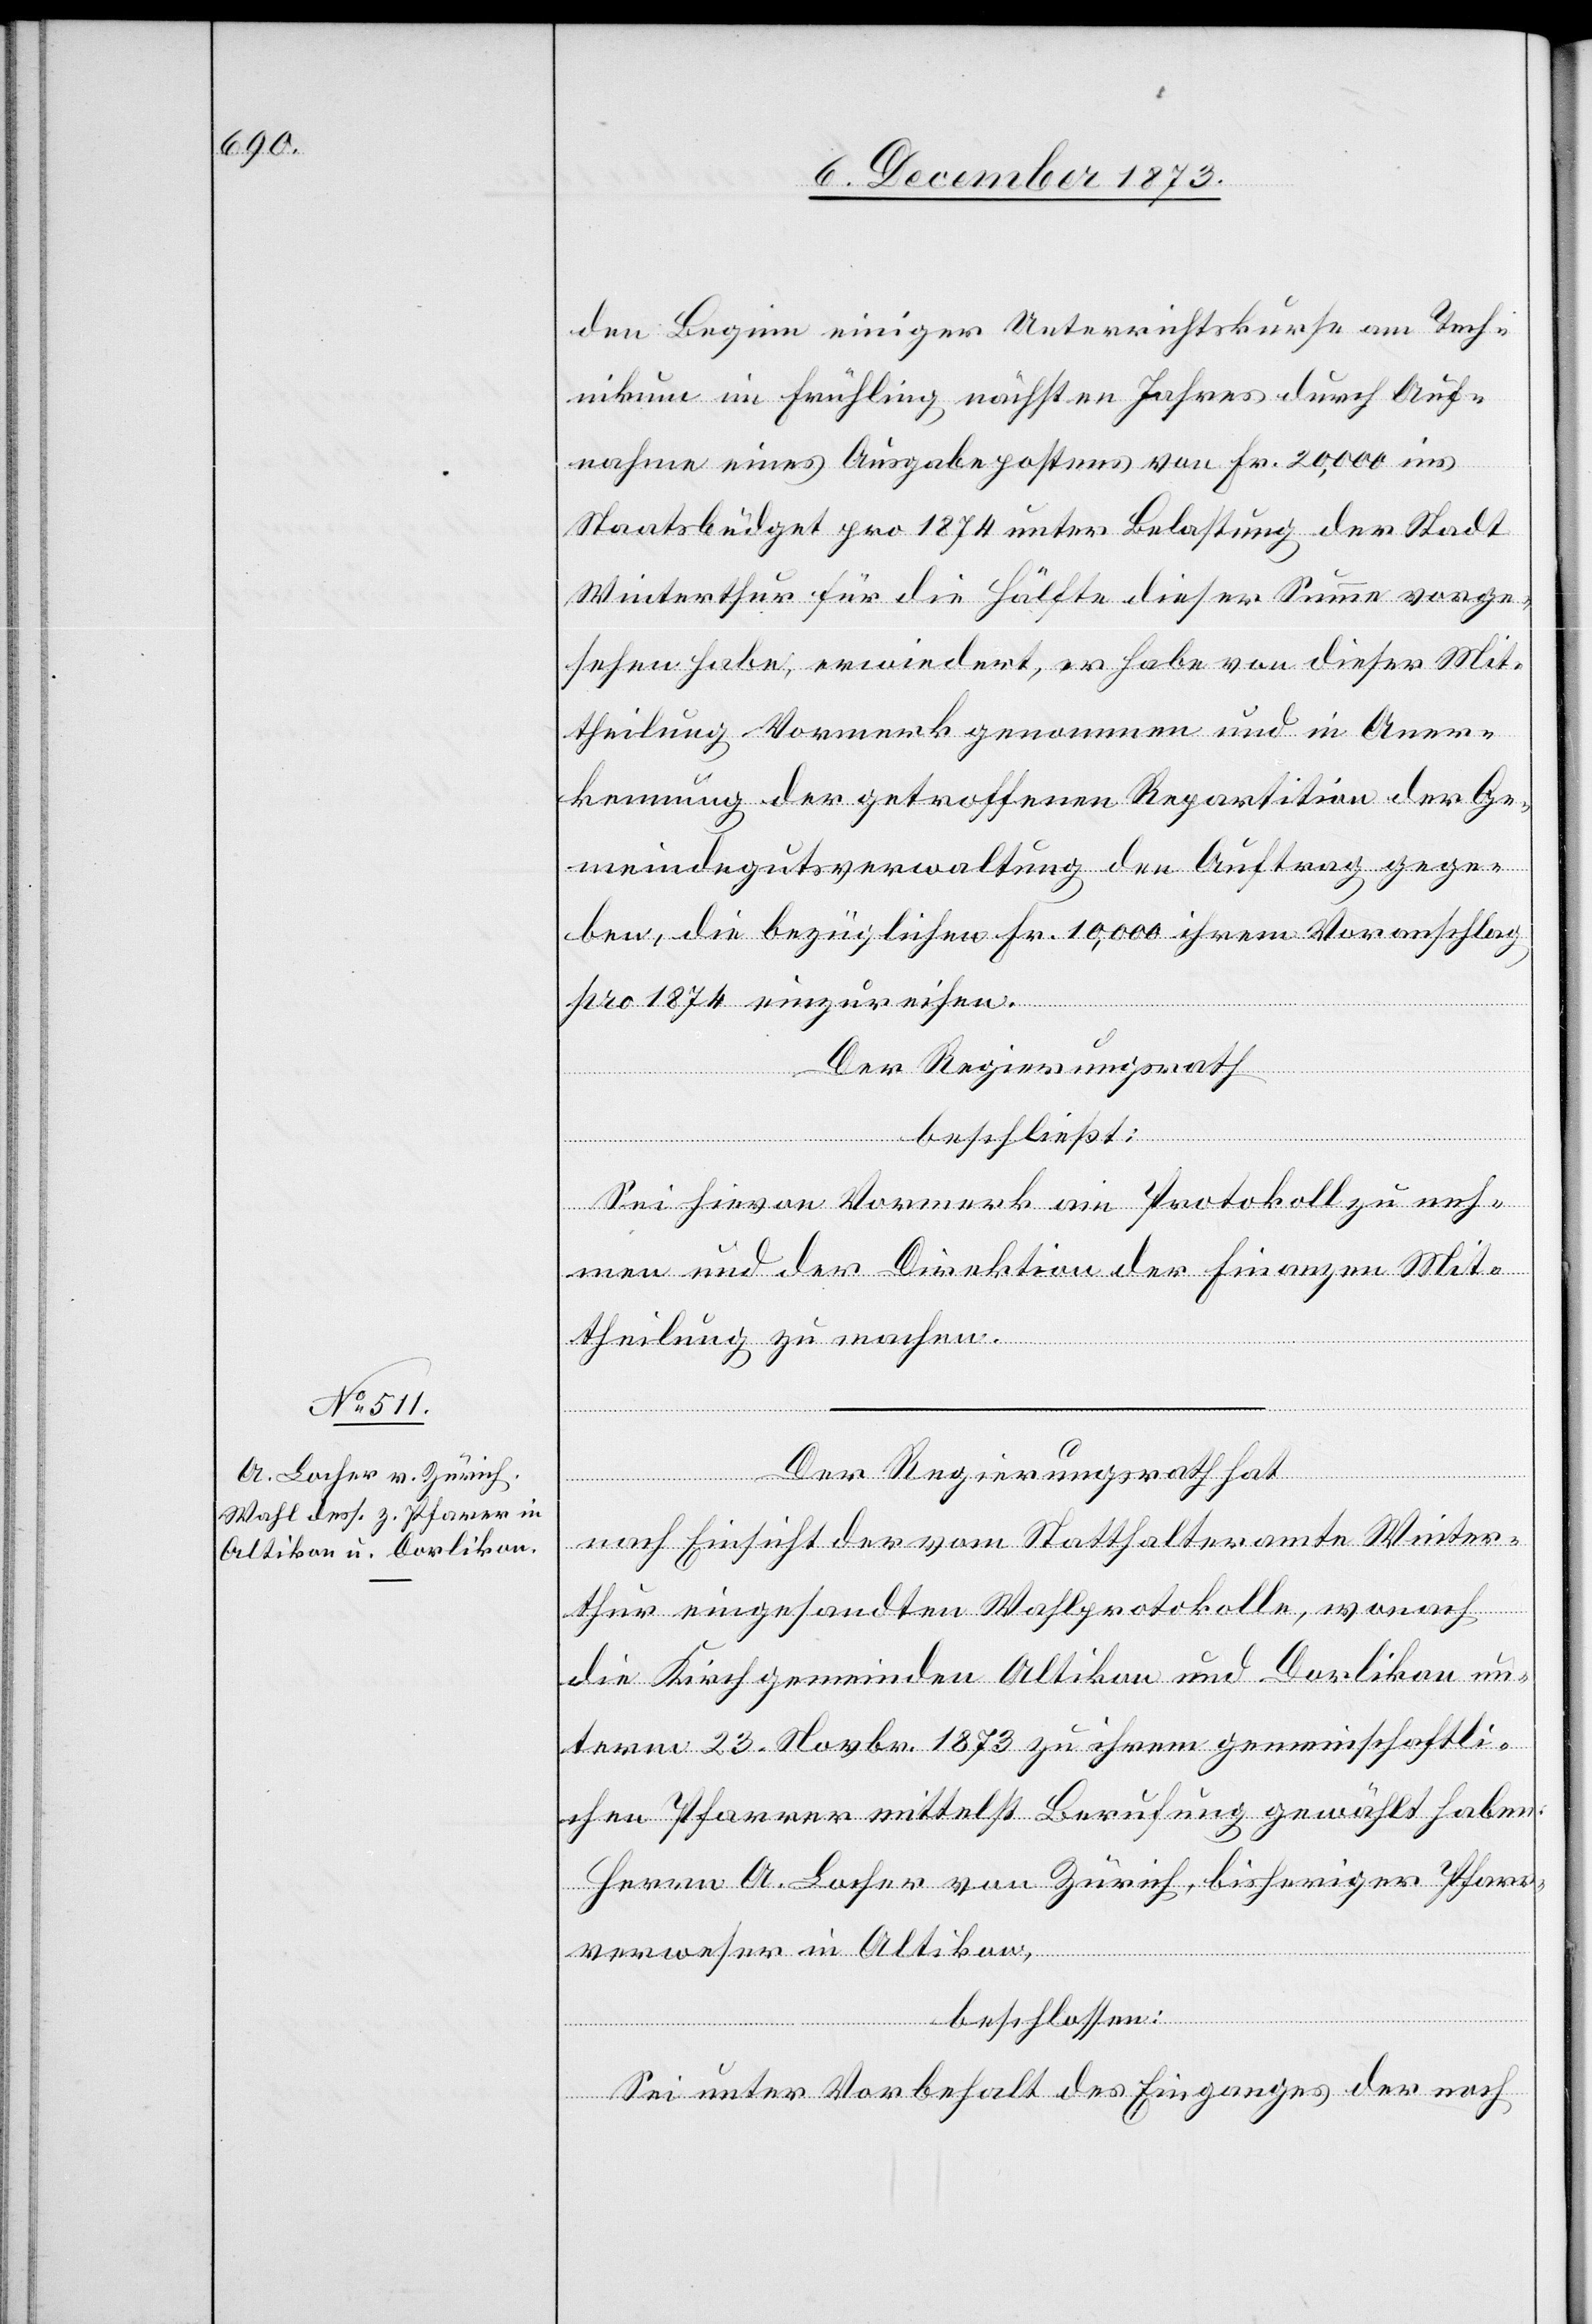
den Beginn einiger Unterrichtskurse am Tech¬
nikum im Frühling nächsten Jahres durch Auf¬
nahme eines Ausgabepostens von Fr. 20,000 ins
Staatsbüdget pro 1874 unter Belastung der Stadt
Winterthur für die Hälfte dieser Summe vorge¬
sehen habe, erwiedert, er habe von dieser Mit¬
theilung Vormerk genommen und in Aner¬
kennung der getroffenen Repartition der Ge¬
meindegutsverwaltung den Auftrag gege¬
ben, die bezüglichen Fr. 10,000 ihrem Voranschlag
pro 1874 einzureihen.
Der Regierungsrath
beschließt:
Sei hievon Vormerk am Protokoll zu neh¬
men und der Direktion der Finanzen Mit¬
theilung zu machen.
Der Regierungsrath hat
nach Einsicht der vom Statthalteramte Winter¬
thur eingesandten Wahlprotokolle, wonach
die Kirchgemeinden Altikon und Dorlikon un¬
term 23. Novbr. 1873 zu ihrem gemeinschaftli¬
chen Pfarrer mittelst Berufung gewählt haben:
Herrn A. Locher von Zürich, bisheriger Pfarr¬
verweser in Altikon,
beschlossen:
Sei unter Vorbehalt des Einganges der noch